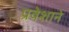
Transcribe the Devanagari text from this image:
प्रवेशाने